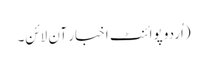
(اُردو پوائنٹ اخبار آن لائن۔